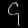
Digit: ၄